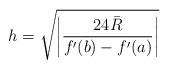
LaTeX: \begin{align*} h=\sqrt{\left|\frac{24 \bar{R}}{f'(b)-f'(a)}\right|}\end{align*}